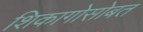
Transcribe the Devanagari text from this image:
शिकागोसोबत